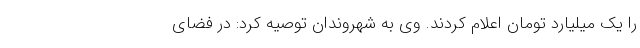
را یک میلیارد تومان اعلام کردند. وی به شهروندان توصیه کرد: در فضای